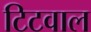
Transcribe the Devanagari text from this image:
टिटवाल